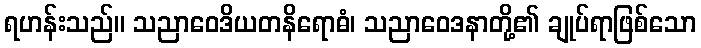
ရဟန်းသည်။ သညာဝေဒိယတနိရောဓံ၊ သညာဝေဒနာတို့၏ ချုပ်ရာဖြစ်သော